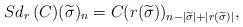
LaTeX: \begin{align*}Sd_r\,(C)(\widetilde{\sigma})_n &= C(r(\widetilde{\sigma}))_{n-|\widetilde{\sigma}|+|r(\widetilde{\sigma})|}, \end{align*}